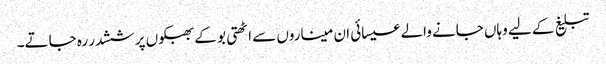
تبلیغ کے لیے وہاں جانے والے عیسائی ان میناروں سے اٹھتی بو کے بھبکوں پر ششدر رہ جاتے۔